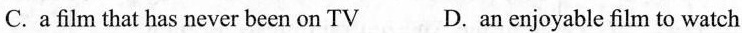
C.a film that has never been on TV D.an enjoyable film to watch